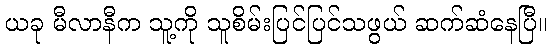
ယခု မီလာနီက သူ့ကို သူစိမ်းပြင်ပြင်သဖွယ် ဆက်ဆံနေပြီ။